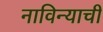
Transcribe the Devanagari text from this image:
नाविन्याची